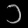
Digit: ၁